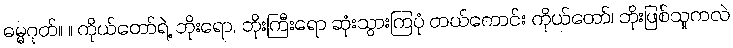
ဓမ္မဂုတ်။ ။ ကိုယ်တော်ရဲ့ ဘိုးရော, ဘိုးကြီးရော ဆုံးသွားကြပုံ တယ်ကောင်း ကိုယ်တော်၊ ဘိုးဖြစ်သူကလဲ